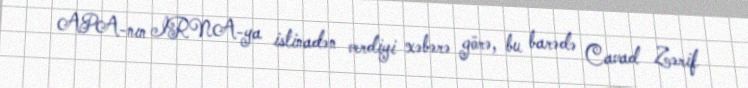
APA-nın IRNA-ya istinadən verdiyi xəbərə görə, bu barədə Cavad Zərif